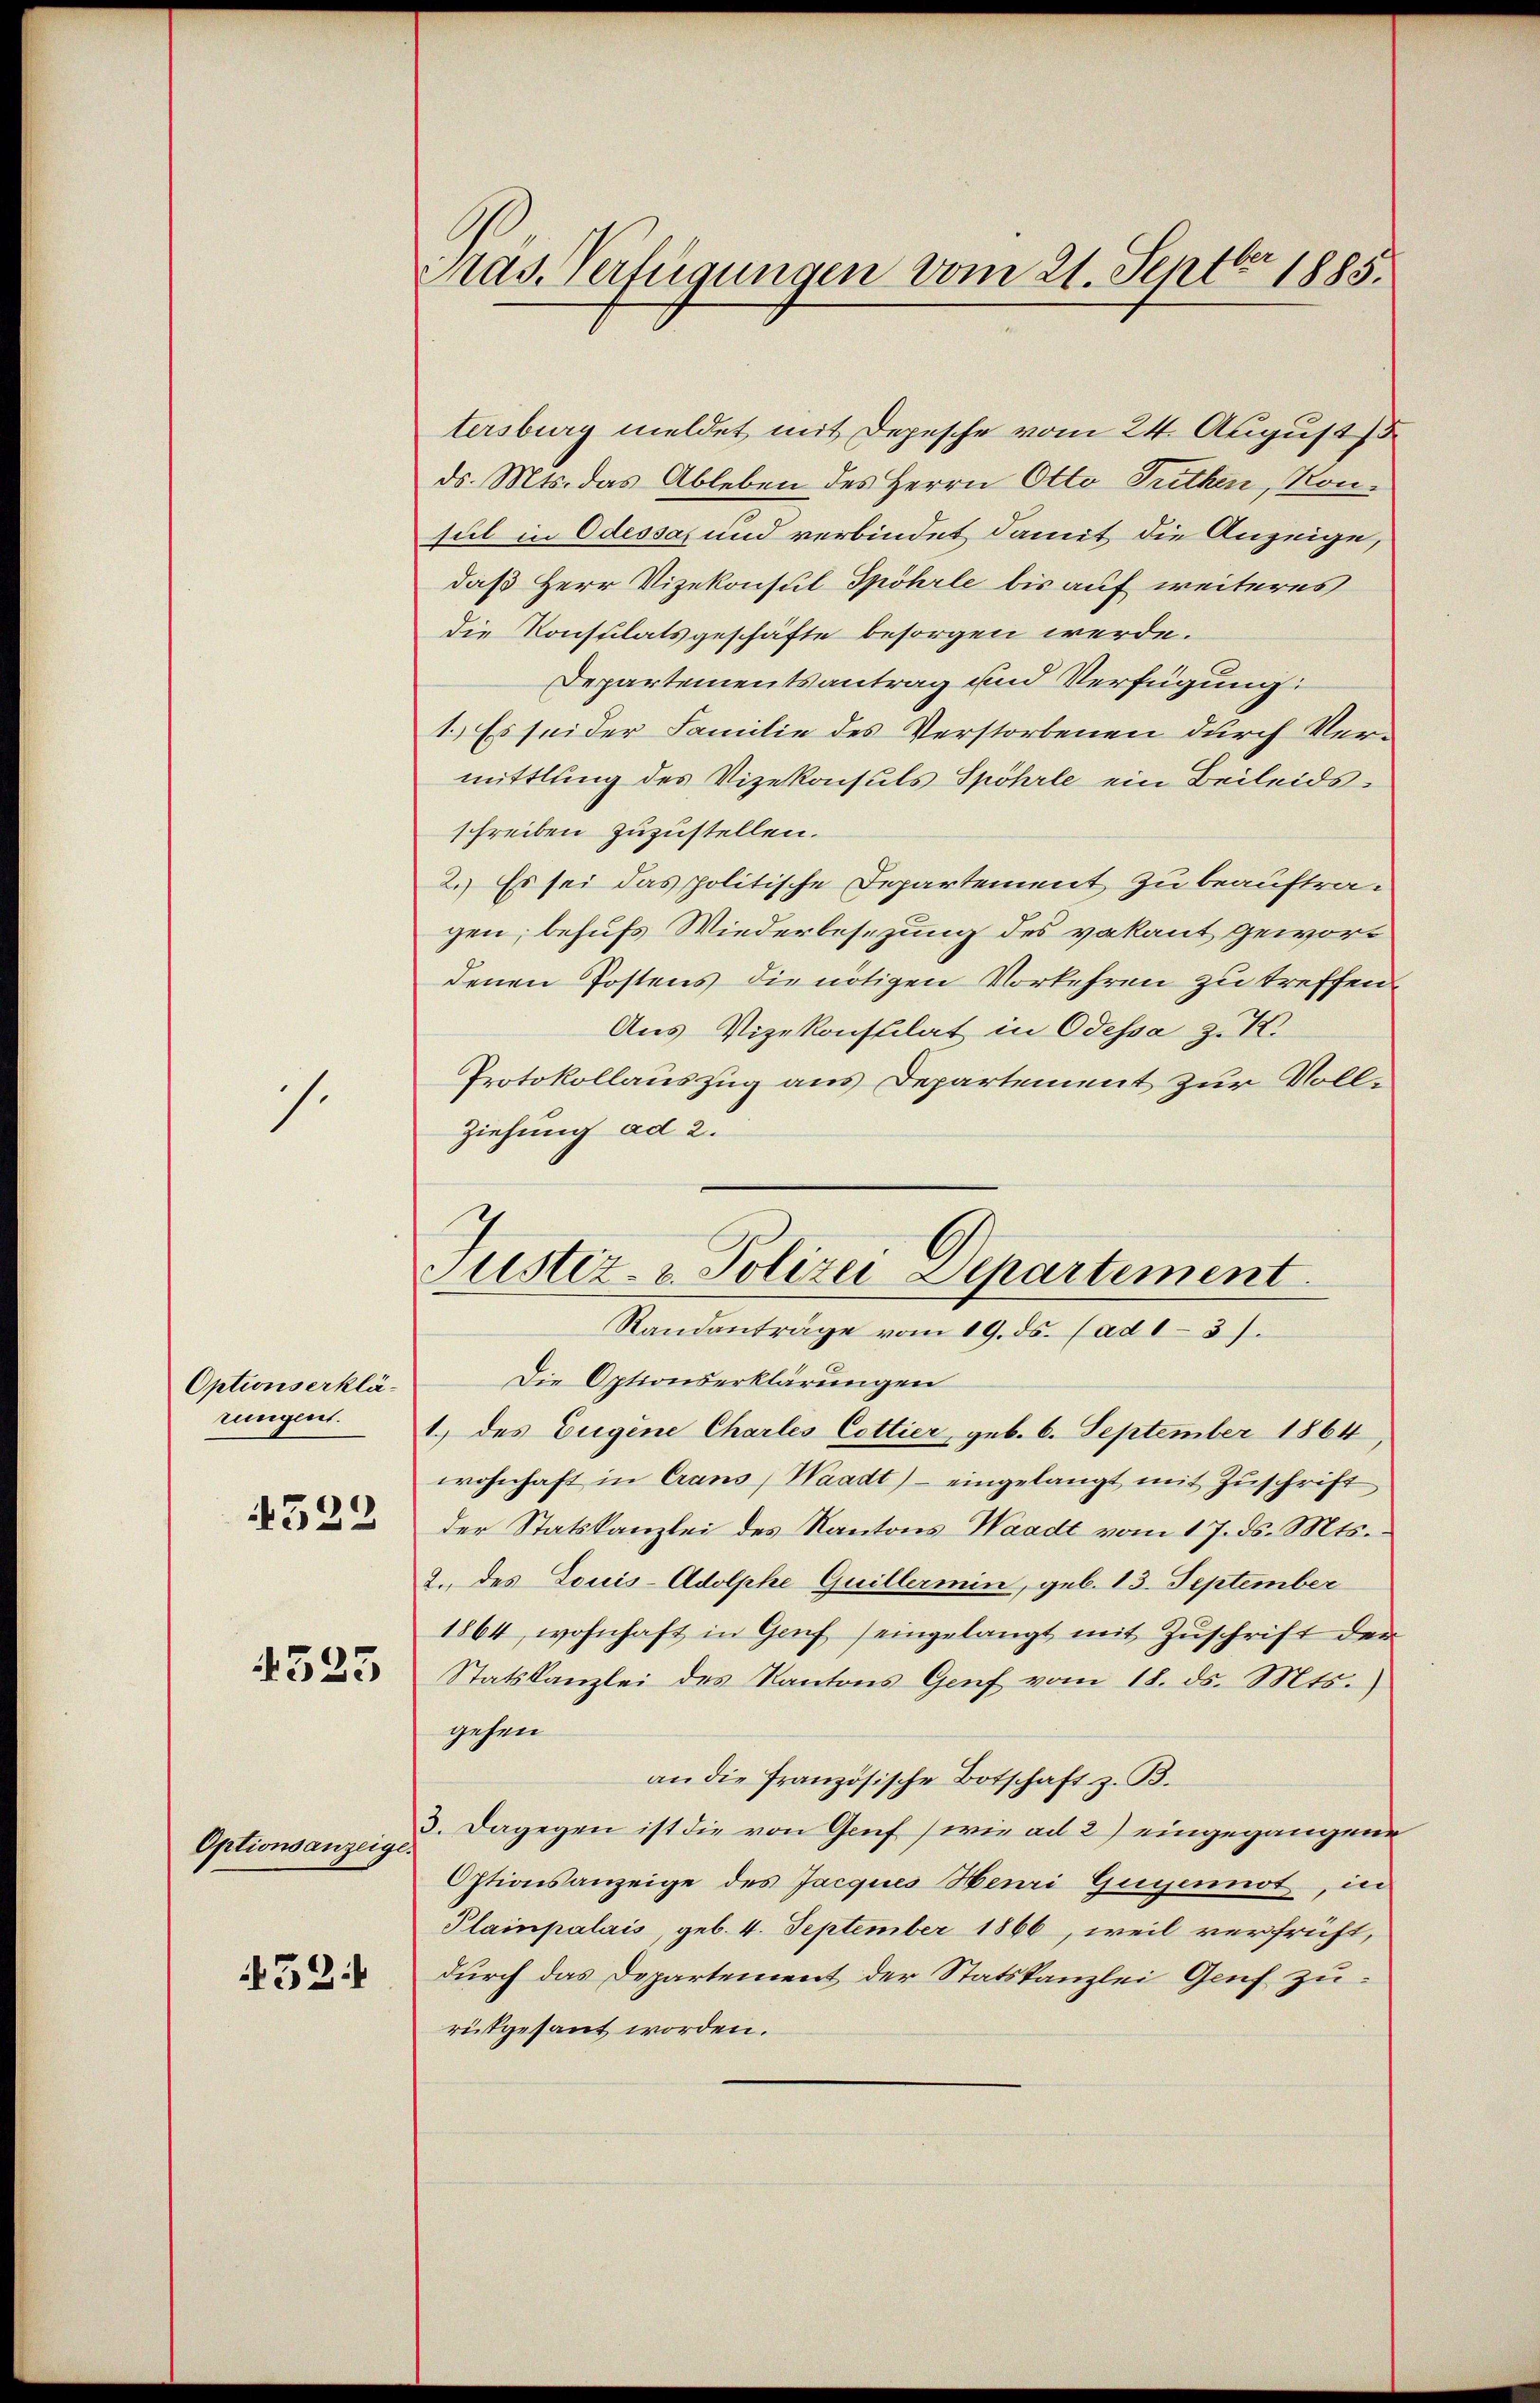
s.

Optionserklärungen.
522

4323

Optionsanzeige.

521

Pras. Verfügungen vom 21. Septbr 1885.

tersburg meldet mit Depesche vom 24. August 15
ds. Mts. das Ableben des Herrn Otto Trithen, Konsul in Odessa, und verbindet damit die Anzeige,
daß Herr Vizekonsul Spöhrle bis auf weiteres
die Konstilatsgeschäfte besorgen werde.
Departementsantrag und Verfügung:
1.) Es sei der Familie des Verstorbenen durch Vermittlung des Vizekonsuls Spohrle ein Beileidsschreiben zuzustellen.
2.) Es sei das politische Departement zu beauftragen; behufs Wiederbesezung des vakant geword
denen Postens die nötigen Vorkehren zu treffen
Aus Vizekonstilat in Odessa z. K.
Protokollauszug aus Departement zur Voll¬
Ziehung ad 2.
Justiz- & Polizei Departement

Randanträge vom 19. ds. (ad 1-3).

Die Optionserklärungen
1.) des Eugene Charles Cottier, geb. 6. September 1864
wohnhaft in Crans, Waadt) - eingelangt mit Zuschrift
der Statskanzlei des Kantons Waadt vom 17. ds. Mts.
2. des Louis-Adolphe Quillermin, geb. 13. September
1864, wohnhaft in Genf (eingelangt mit Zuschrift der
Statskanzlei des Kantons Genf vom 18. ds. Mts.
gehen
an die französische Botschaft z. B.
3. Dagegen ist die von Genf, wie ad 2) eingegangene
Optionsanzeige des Jacques Henri Guyennot, in
Plainpalais, geb. 4. September 1866, weil verfrüht,
durch das Departement der Statskanzlei Genf zurükgesant worden.